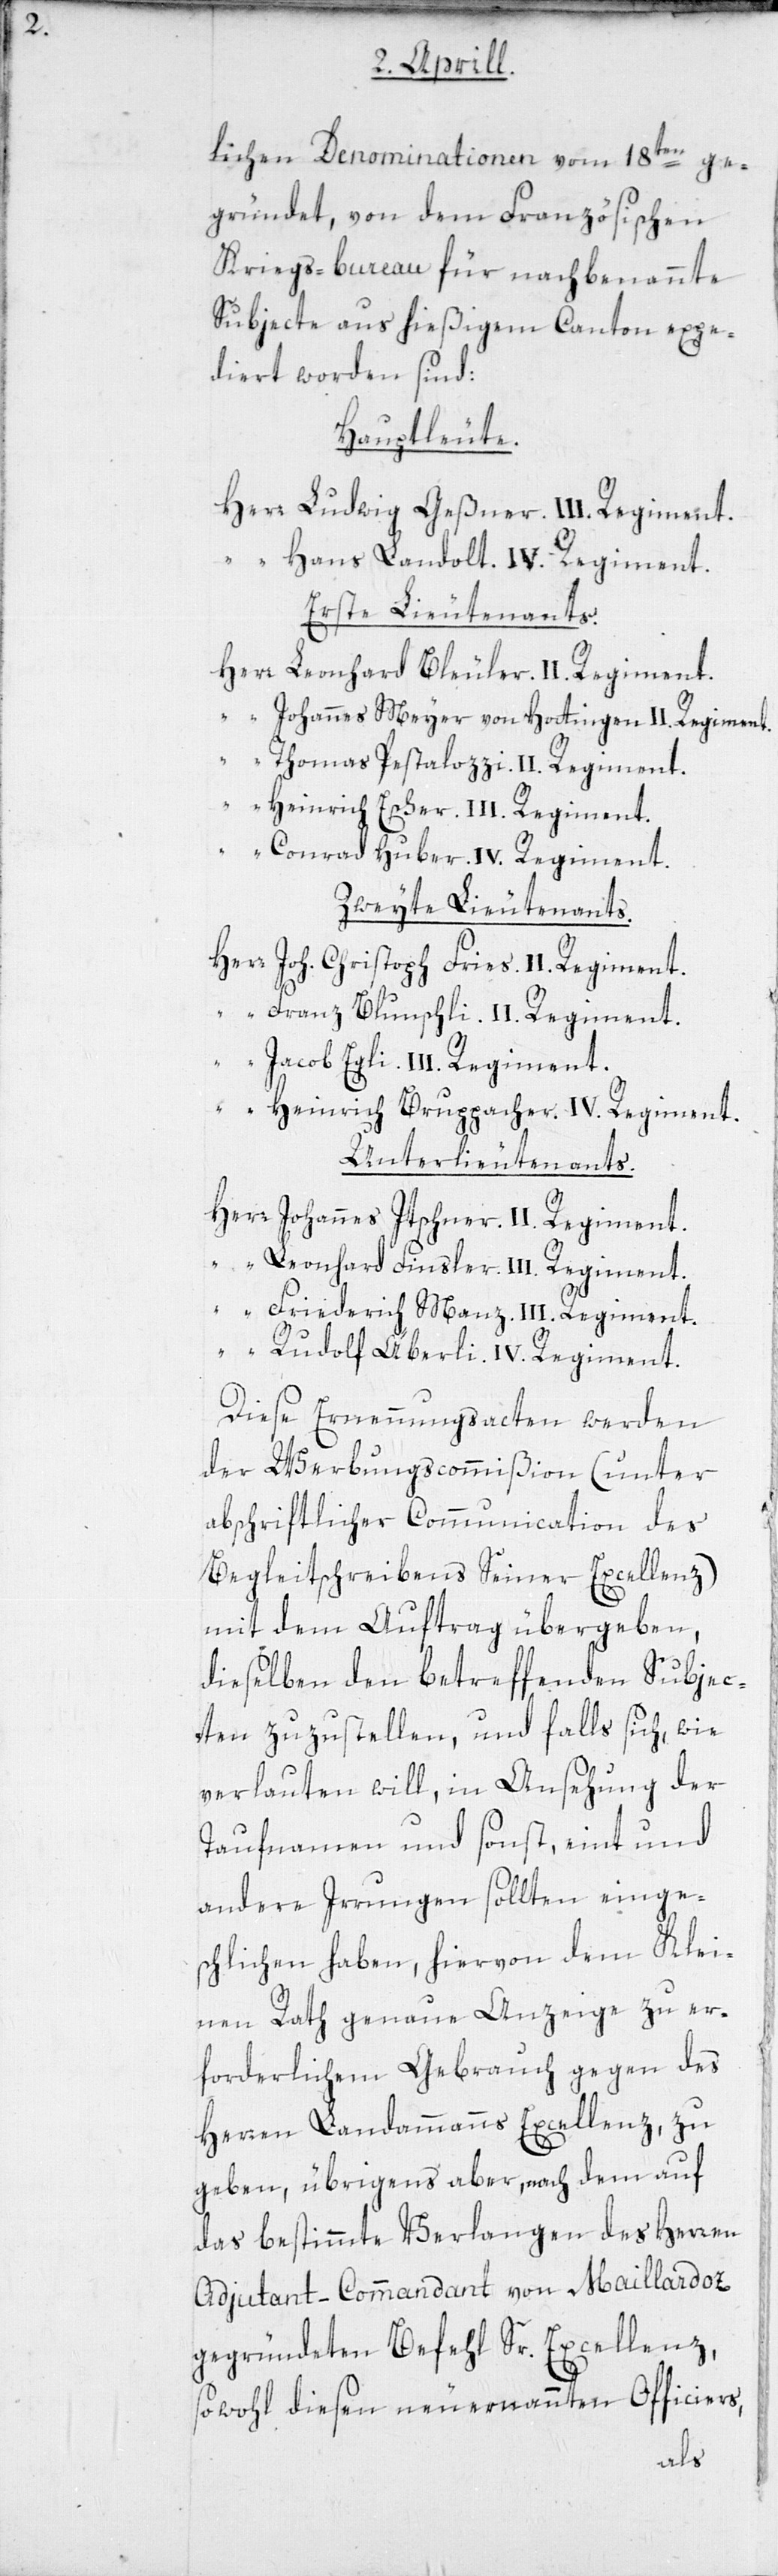
lichen Denominationen vom 18ten ge¬
gründet, von dem Französischen
Kriegs-bureau für nachbenannte
Subjecte aus hießigem Canton expe¬
diert worden sind:
Hauptleute.
Herr Ludwig Geßner. III. Regiment.
“ Hans Landolt. IV. Regiment.
Erste Lieutenants.
Herr Leonhard Bleuler. II. Regiment.
“ Johannes Meyer von Hottingen, II. Regiment.
“ Thomas Pestalozzi. II. Regiment.
Heinrich Escher. III. Regiment.
Conrad Huber. IV. Regiment.
Zweyte Lieutenants.
Herr Joh. Christoph Fries. II. Regiment.
“ Franz Blunschli. II. Regiment.
“ Jacob Egli. III. Regiment.
Heinrich Bruppacher. IV. Regiment.
Unterlieutenants.
Herr Johannes Itschner. II. Regiment.
“ Leonhard Finsler. III. Regiment.
“ Friederich Manz. III. Regiment.
“ Rudolf Äberli. IV. Regiment.
Diese Ernennungsacten werden
der Werbungscommißion (unter
abschriftlicher Communication des
Begleitschreibens Seiner Excellenz)
mit dem Auftrag übergeben,
dieselben den betreffenden Subjec¬
ten zuzustellen, und falls sich, wie
verlauten will, in Ansehung der
Taufnamen und sonst, eint und
andere Irrungen sollten einges¬
chlichen haben, hiervon dem Klei¬
nen Rath genaue Anzeige zu er¬
forderlichem Gebrauch gegen des
Herren Landammanns Excellenz, zu
geben, übrigens aber, nach dem auf
das bestimmte Verlangen des Herren
Adjutant-Commandant von Maillardoz
gegründeten Befehl Sr. Excellenz,
sowohl diesen neu ernannten Officiers,